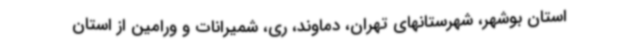
استان بوشهر، شهرستانهای تهران، دماوند، ری، شمیرانات و ورامین از استان